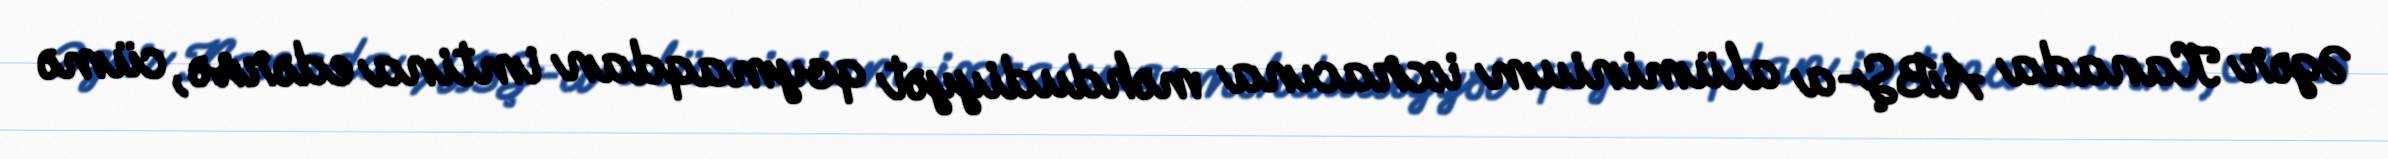
Əgər Kanada ABŞ-a alüminium ixracına məhdudiyyət qoymaqdan imtina edərsə, cümə